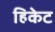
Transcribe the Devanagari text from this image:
हिकेट